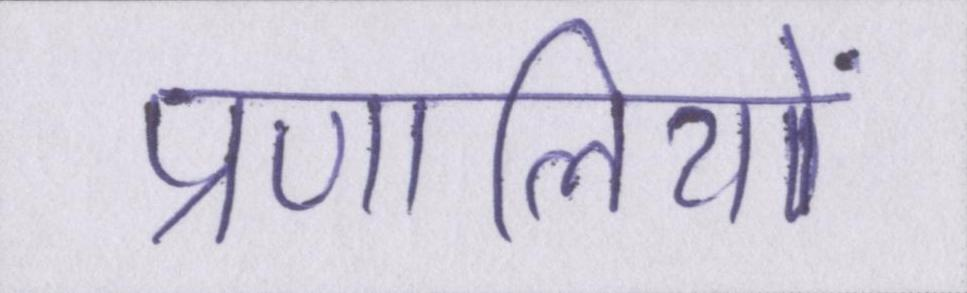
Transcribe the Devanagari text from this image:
प्रणालियों